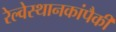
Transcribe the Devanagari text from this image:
रेल्वेस्थानकांपैकी